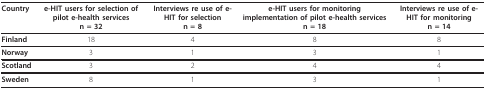
<table><thead><tr><td><b>Country</b></td><td><b>e-HIT users for selection of pilot e-health servicesn = 32</b></td><td><b>Interviews re use of e-HIT for selectionn = 8</b></td><td><b>e-HIT users for monitoring implementation of pilot e-health servicesn = 18</b></td><td><b>Interviews re use of e-HIT for monitoringn = 14</b></td></tr></thead><tbody><tr><td><b>Finland</b></td><td>18</td><td>4</td><td>8</td><td>8</td></tr><tr><td><b>Norway</b></td><td>3</td><td>1</td><td>3</td><td>1</td></tr><tr><td><b>Scotland</b></td><td>3</td><td>2</td><td>4</td><td>4</td></tr><tr><td><b>Sweden</b></td><td>8</td><td>1</td><td>3</td><td>1</td></tr></tbody></table>